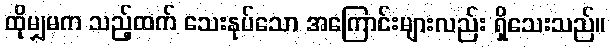
ထိုမျှမက သည့်ထက် သေးနုပ်သော အကြောင်းများလည်း ရှိသေးသည်။